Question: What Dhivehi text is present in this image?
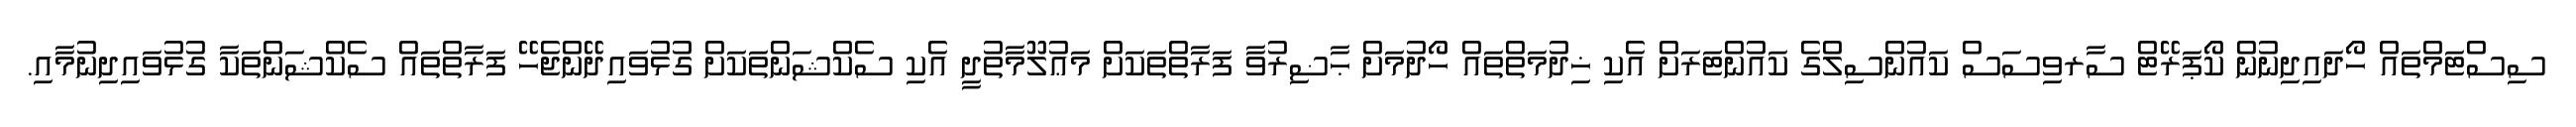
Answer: ސިސްޓަމްތައް ހޯދައިދިނުން ކޯޕަރޭޓް ސާރވިސަސް ކައުންސިލްގެ ކައުންޓަރަށް އެކި ޚިދުމަތްތައް ހޯދުމަށް ޙާޟިރުވާ ފަރާތްތަކަށް މަޢުލޫމާތުދީ އެކި ސެކްޝަންތަކަށް ގުޅުވައިދޭންޖެހޭ ފަރާތްތައް ސެކްޝަންތަކާ ގުޅުވައިދިނުމާއި.